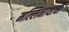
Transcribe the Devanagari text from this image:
मल्लिनाथाची